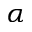
\alpha